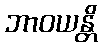
ဘာဝယန္တိ